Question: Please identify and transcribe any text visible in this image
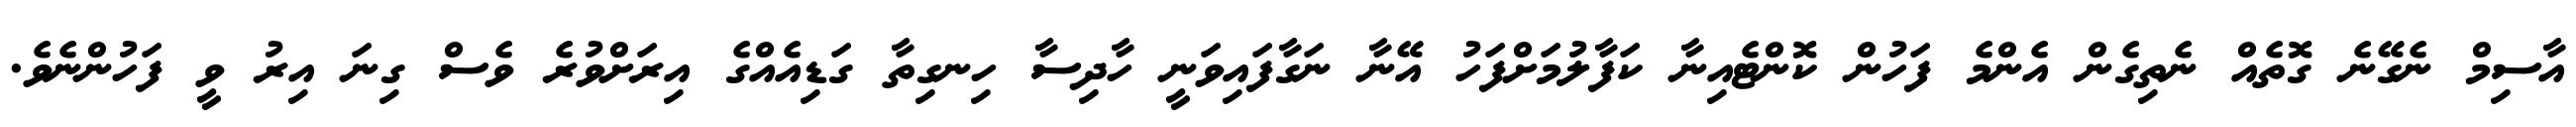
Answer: އާސިމް ނެގޭނެ ގޮތެއް ނެތިގެން އެންމެ ފަހުން ކޮންޓެއިނާ ކަފާލުމަށްފަހު އޭނާ ނަގާފައިވަނީ ހާދިސާ ހިނގިތާ ގަޑިއެއްގެ އިރަށްވުރެ ވެސް ގިނަ އިރު ވީ ފަހުންނެވެ.